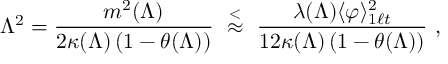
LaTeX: \Lambda ^ { 2 } = \frac { m ^ { 2 } ( \Lambda ) } { 2 \kappa ( \Lambda ) \left( 1 - \theta ( \Lambda ) \right) } \ \stackrel { < } { \approx } \ \frac { \lambda ( \Lambda ) \langle \varphi \rangle _ { 1 \ell t } ^ { 2 } } { 1 2 \kappa ( \Lambda ) \left( 1 - \theta ( \Lambda ) \right) } \ ,